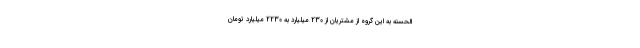
الحسنه به این گروه از مشتریان از 230 میلیارد به 2230 میلیارد تومان